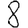
Digit: 8